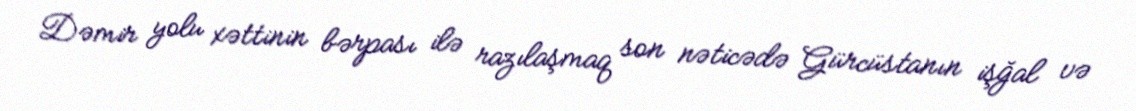
Dəmir yolu xəttinin bərpası ilə razılaşmaq son nəticədə Gürcüstanın işğal və